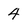
Character: 4